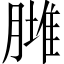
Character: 𦟿